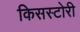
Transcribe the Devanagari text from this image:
किसस्टोरी